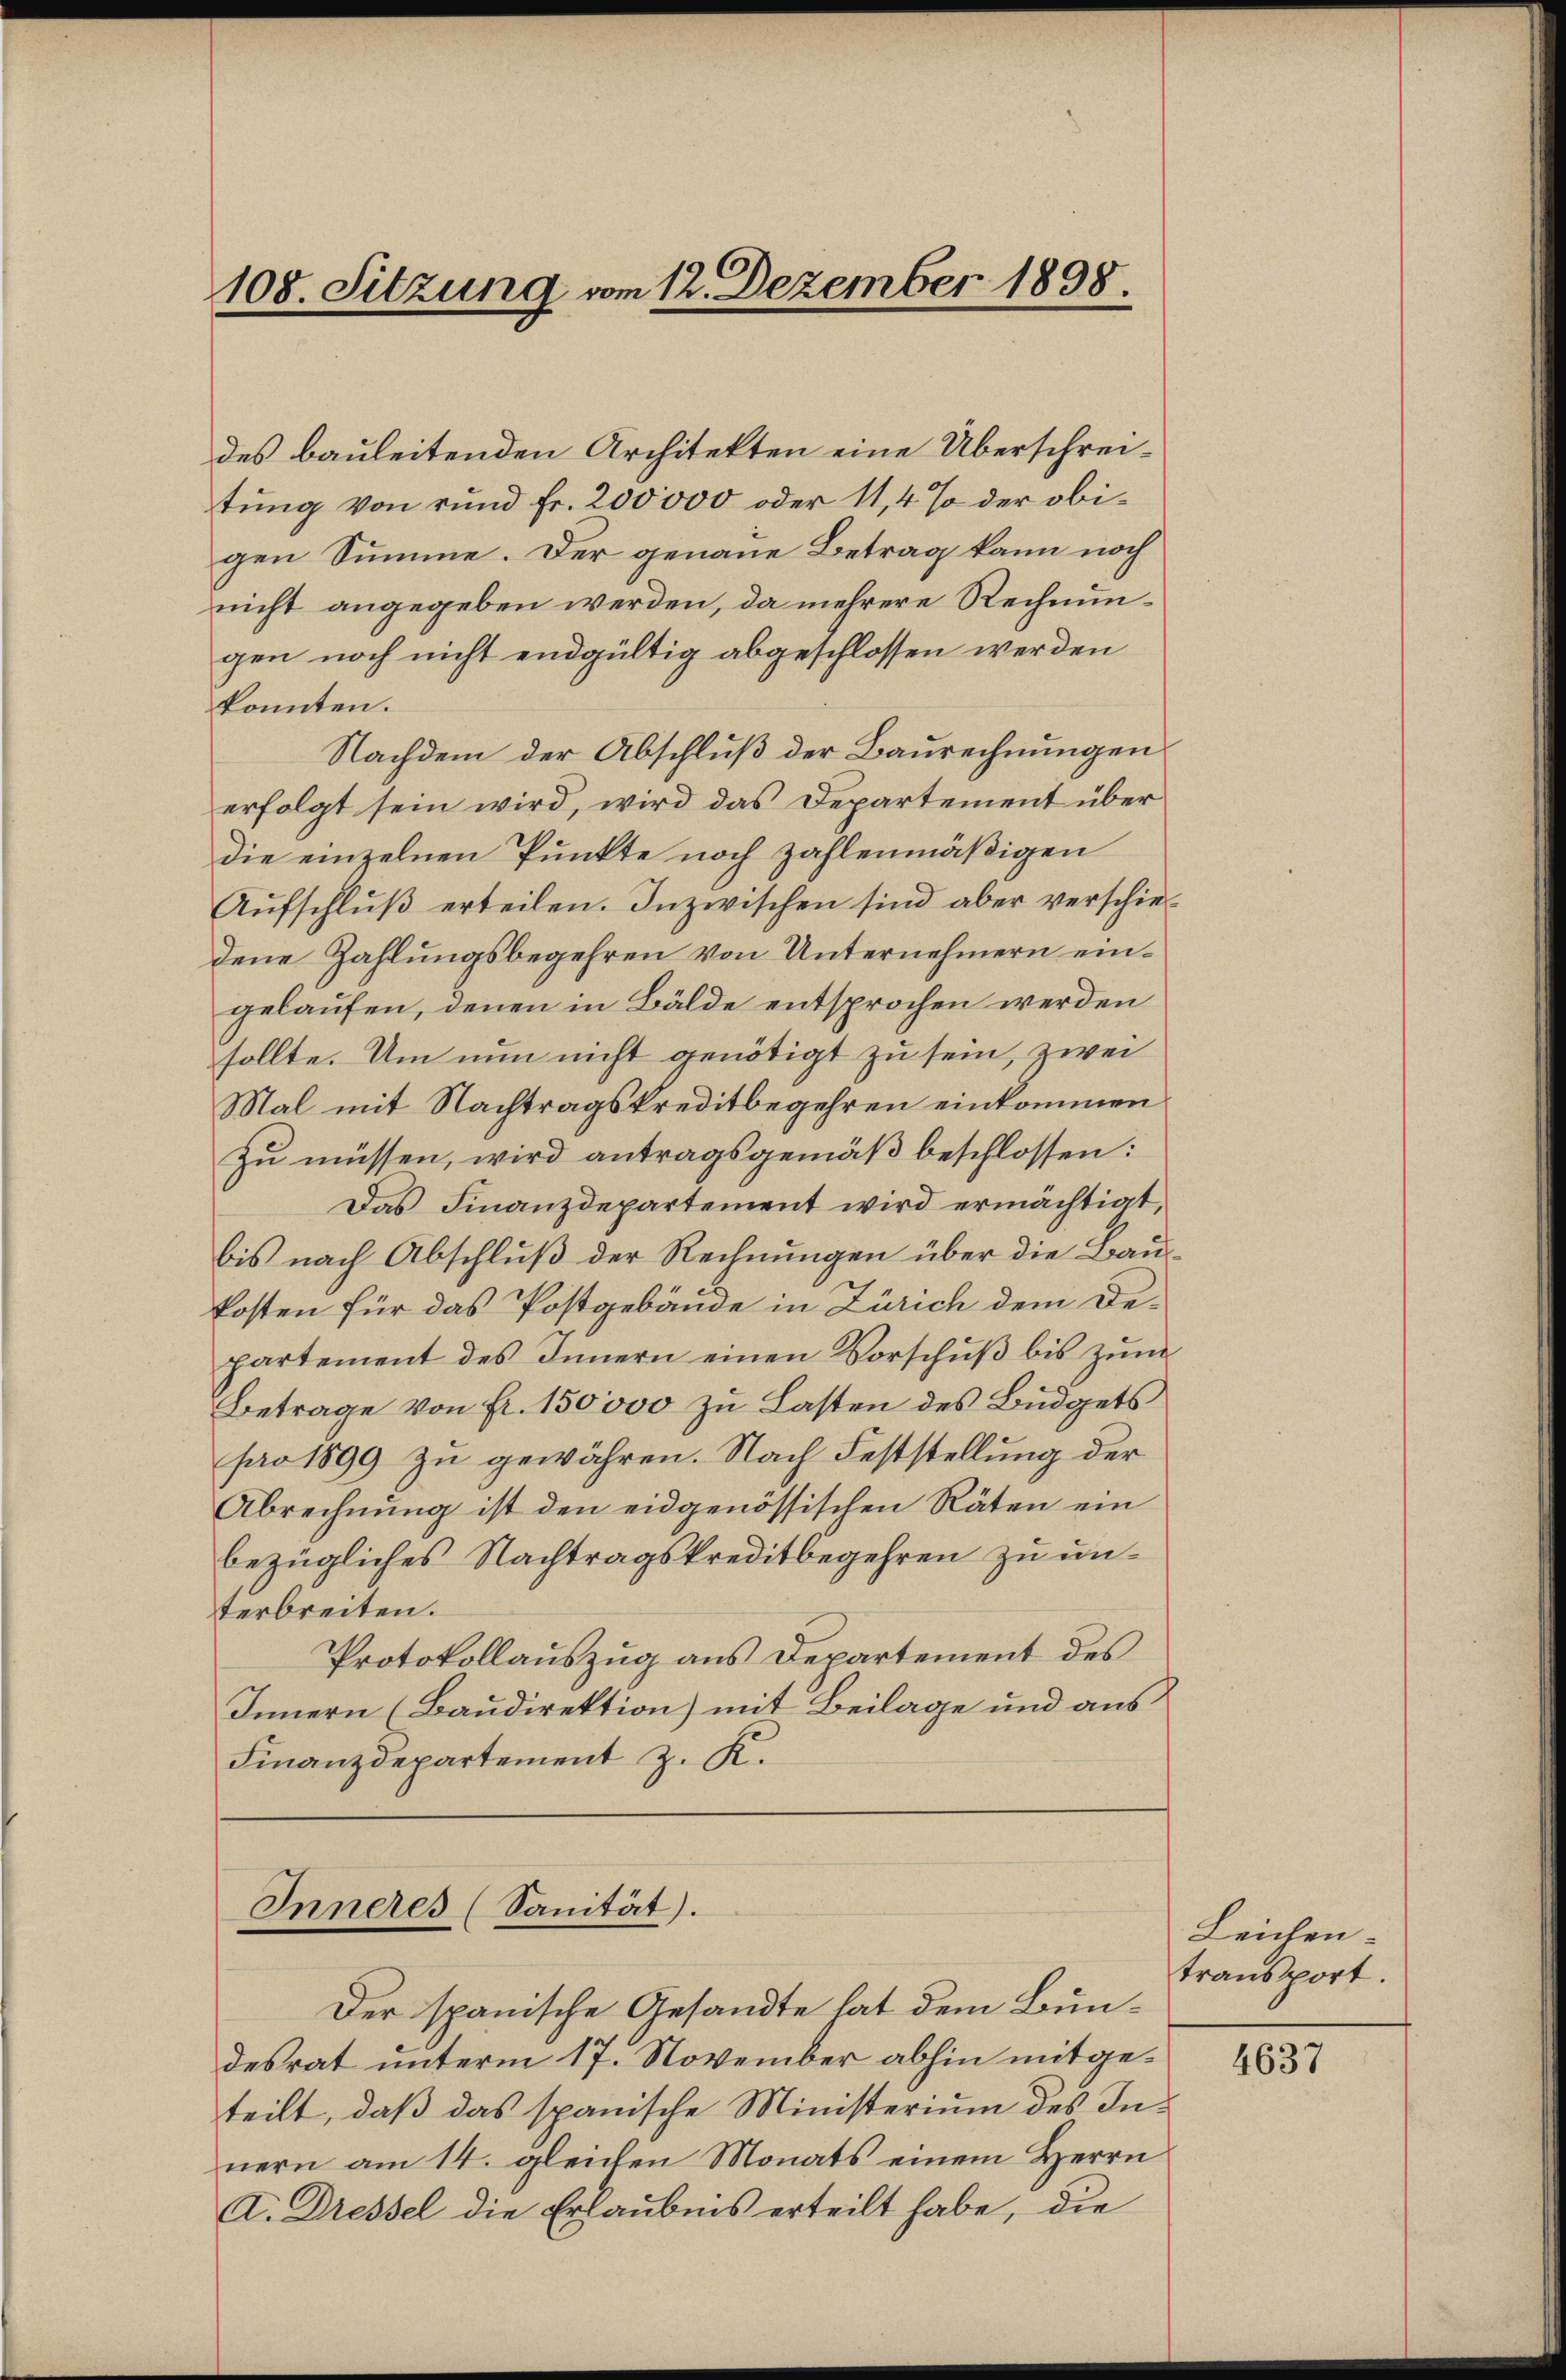
108. Sitzung vom 12. Dezember 1898

des bauleitenden Architekten eine Überschreitung von rund Fr. 200000 oder 11, 4 % der obigen Summe. Der genaue Betrag kann noch
nicht angegeben werden, da mehrere Rechnungen noch nicht endgültig abgeschlossen werden
konnten.
Nachdem der Abschluß der Baurechnungen.
erfolgt sein wird, wird das Departement über
Die einzelnen Punkte noch zahlenmäßigen
Aŭfschlŭβ erteilen. Inzwischen sind aber verschiedene Zahlungsbegehren von Unternehmern eingelaufen, denen in Bälde entsprochen werden
sollte. Um nun nicht genötigt zu sein, zwei
Mal mit Nachtragskreditbegehren einkommen
zu müssen, wird antragsgemäß beschlossen:
Das Finanzdepartement wird ermächtigt
bis nach Abschluß der Rechnungen über die Baukosten für das Postgebäude in Zürich dem Departement des Innern einen Vorschuß bis zum
Betrage von fr. 150000 zu Lasten des Budgets
pro 1899 zu gewähren. Nach Feststellung der
Abrechnung ist den eidgenössischen Räten ein
bezügliches Nachtragskreditbegehren zu unterbreiten.
Protokollauszug aus Departement des
Innern (Baudirektion) mit Beilage und aus
Finanzdepartement z. K.

Inneres (Sanität).

Der spanische Gesandte hat dem Bundesrat unterm 17. November abhin mitgeteilt, daß das spanische Ministerium des Innern am 14. gleichen Monats einem Herrn
A. Dressel die Erlaubnis erteilt habe, die

Leichen.
transport.

4637